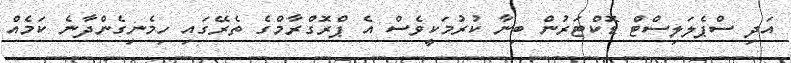
އަދި ސްޕެލަލިސްޓް ޑޮކްޓަރުން ބިނާ ކުރުމަކީވެސް އެ ޕްރޮގްރާމްގެ ތެރޭގައި ހިމެނިގެންދާނެ ކަމެއް